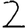
Digit: 2